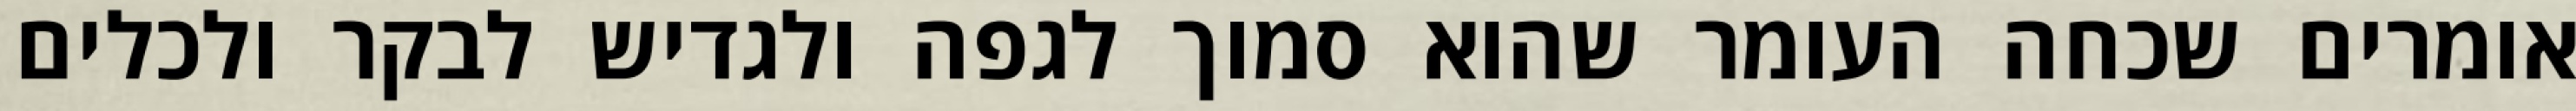
אומרים שכחה העומר שהוא סמוך לגפה ולגדיש לבקר ולכלים